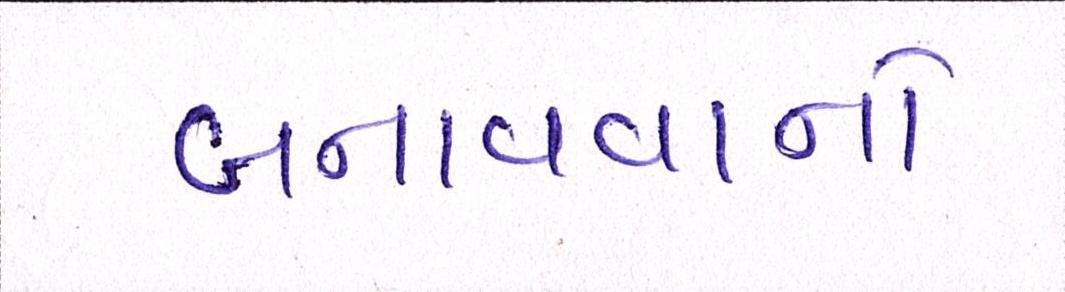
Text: બનાવવાનો